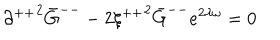
{ \partial ^ { + + } } ^ { 2 } { \bar { G } } ^ { -- } - 2 { \xi ^ { + + } } ^ { 2 } { \bar { G } } ^ { -- } e ^ { 2 \lambda \omega } = 0 \,